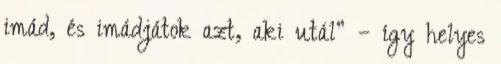
imád, és imádjátok azt, aki utál” – így helyes